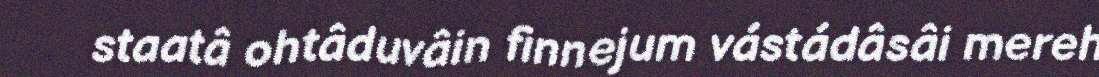
staatâ ohtâduvâin finnejum vástádâsâi mereh